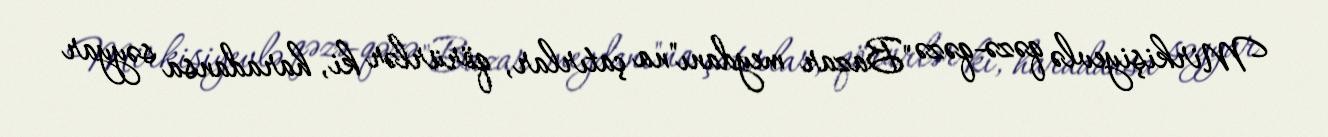
Mirkişiyevlə qəzə-qəzə "Bazar meydanı"na çatırlar, qörürlər ki, haradansa səyyar